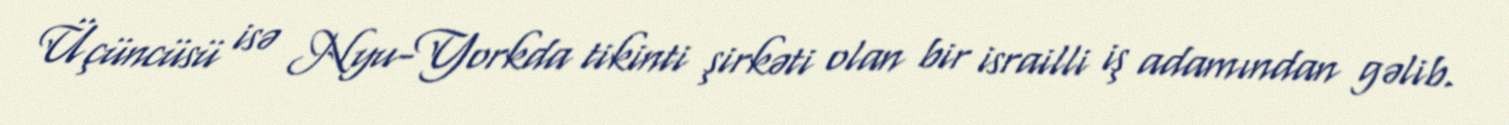
Üçüncüsü isə Nyu-Yorkda tikinti şirkəti olan bir israilli iş adamından gəlib.